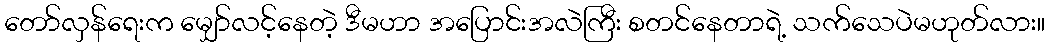
တော်လှန်ရေးက မျှော်လင့်နေတဲ့ ဒီမဟာ အပြောင်းအလဲကြီး စတင်နေတာရဲ့ သက်သေပဲမဟုတ်လား။